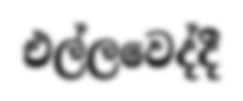
එල්ලවෙද්දී